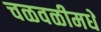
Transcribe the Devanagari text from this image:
चळवळीमधे